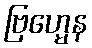
ဗြဟ္မေန